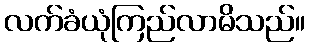
လက်ခံယုံကြည်လာမိသည်။